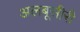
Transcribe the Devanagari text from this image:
अलबूसीरी